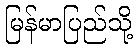
မြန်မာပြည်သို့